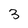
Character: 3